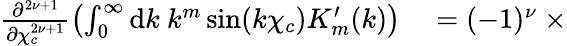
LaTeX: \begin{array}{rl}{\frac{\partial^{2{\nu}+1}}{\partial\chi_{c}^{2{\nu}+1}}\left(\int_{0}^{\infty}\mathrm{d}k\ k^{m}\sin(k\chi_{c})K_{m}^{\prime}(k)\right)}&{{}=(-1)^{{\nu}}\ \times}\end{array}